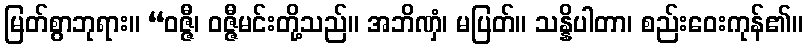
မြတ်စွာဘုရား။ “ဝဇ္ဇီ၊ ဝဇ္ဇီမင်းတို့သည်။ အဘိဏှံ၊ မပြတ်။ သန္နိပါတာ၊ စည်းဝေးကုန်၏။